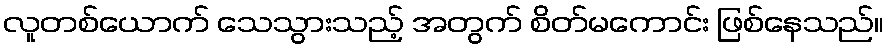
လူတစ်ယောက် သေသွားသည့် အတွက် စိတ်မကောင်း ဖြစ်နေသည်။